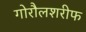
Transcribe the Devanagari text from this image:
गोरौलशरीफ